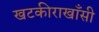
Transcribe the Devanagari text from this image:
खटकीराखाँसी